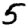
Digit: 5